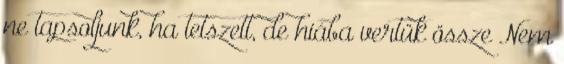
ne tapsoljunk, ha tetszett, de hiába vertük össze Nem